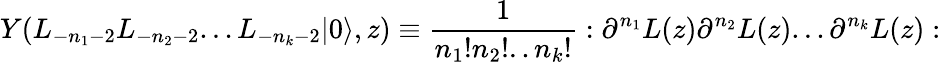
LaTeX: Y(L_{-n_{1}-2}L_{-n_{2}-2}...L_{-n_{k}-2}|0\rangle,z)\equiv{\frac{1}{n_{1}!n_{2}!..n_{k}!}}:\partial^{n_{1}}L(z)\partial^{n_{2}}L(z)...\partial^{n_{k}}L(z):